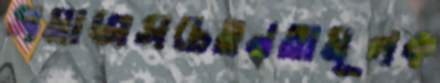
সমাজসচেতনতামূলক